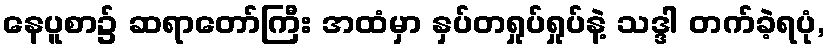
နေပူစာ၌ ဆရာတော်ကြီး အထံမှာ နှပ်တရှုပ်ရှုပ်နဲ့ သဒ္ဒါ တက်ခဲ့ရပုံ,